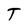
Character: T